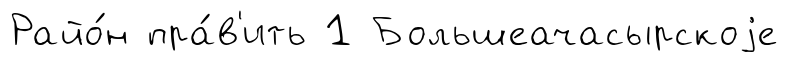
Райо́н пра́в'ить 1 Большеачасырскоjе